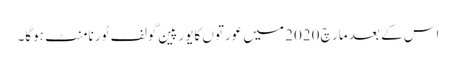
اس کے بعد مارچ 2020 میں عورتوں کایورپین گولف ٹورنامنٹ ہوگا۔